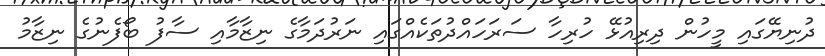
ދުނިޔޭގައި މީހުން ދިރިއުޅޭ ހުރިހާ ސަރަހައްދުތަކެއްގައި ނަރުދަމާގެ ނިޒާމާއި ސާފު ބޯފެނުގެ ނިޒާމު